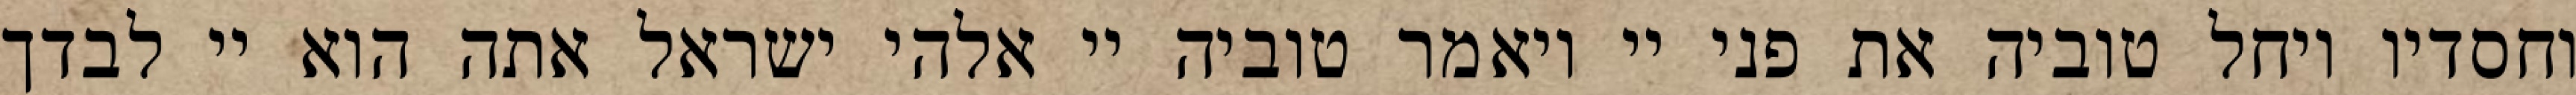
וחסדיו ויחל טוביה את פני יי ויאמר טוביה יי אלהי ישראל אתה הוא יי לבדך